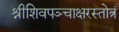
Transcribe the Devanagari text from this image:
श्रीशिवपञ्चाक्षरस्तोत्रं